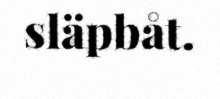
släpbåt.